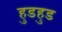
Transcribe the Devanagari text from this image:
हुडहुड